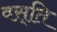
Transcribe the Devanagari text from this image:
वस़्ति